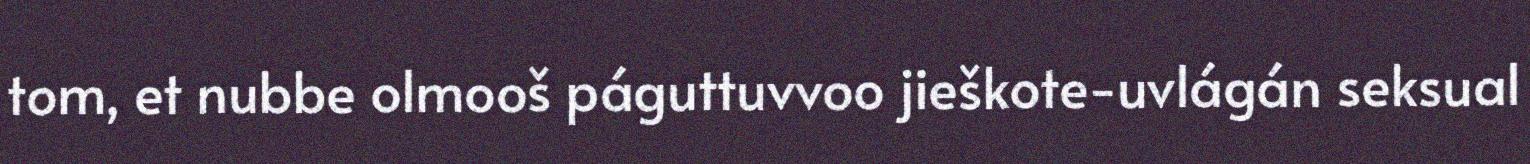
tom, et nubbe olmooš páguttuvvoo jieškote-uvlágán seksual